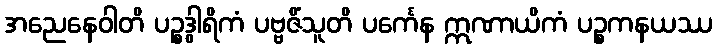
အညေနေဝါတိ ပဉ္စဒွါရိကံ ပဗ္ဗဇိံသူတိ ပင်္ကေန ဣဏာယိကံ ပဉ္စကနယဿ